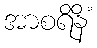
အာစရိနိံ